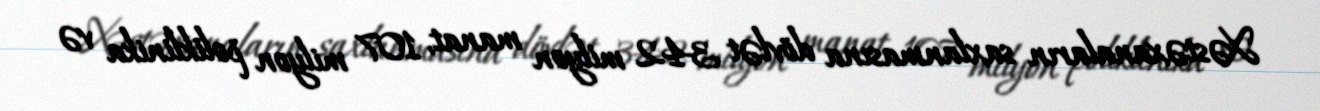
Xəstəxanaların saxlanmasına dövlət 342 milyon manat, 107 milyon poliklinika və